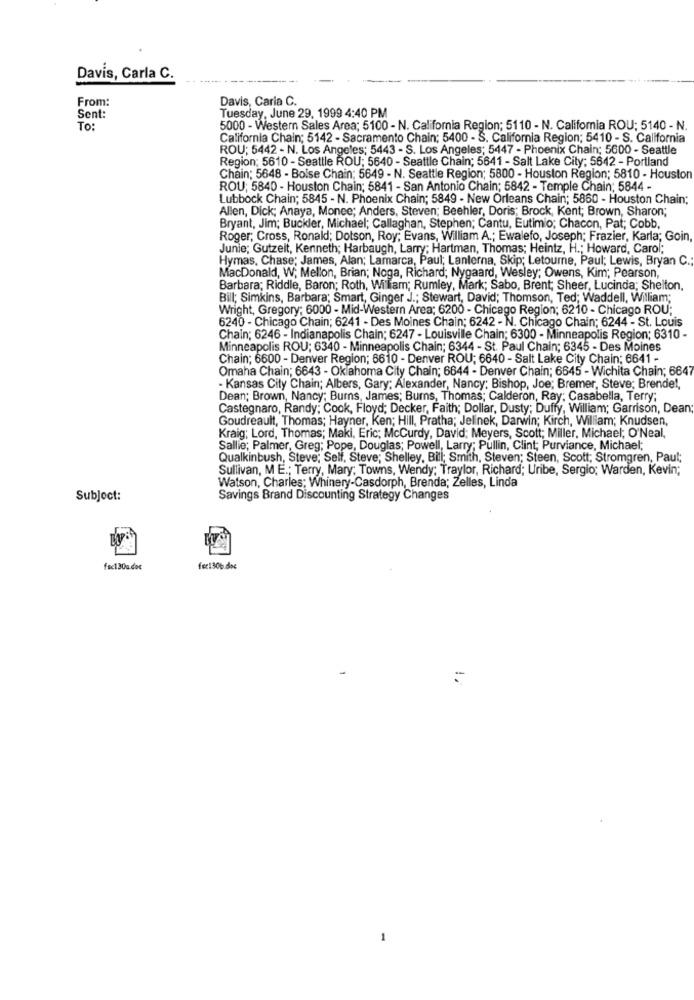
Davis, Carla C.
From:
Davis, Caria C.
Sent:
Tuesday, June 29, 1999 4:40 PM
To:
5000 - Western Sales Area; 5100 - N. California Region; 5110 - N. California ROU: 5140 - N.
California Chain; 5142 - Sacramento Chain; 5400 - S. California Region; 5410 - S. California
ROU; 5442 - N. Los Angeles; 5443 - S. Los Angeles; 5447 - Phoenix Chain; 5600 - Seattle
Region: 5610 - Seattle ROU; 5640 - Seattle Chain; 5641 - Salt Lake City; 5642 - Portland
Chain: 5648 - Boise Chain; 5649 - N. Seattle Region; 5800 - Houston Region; 5810 - Houston
ROU; 5840 - Houston Chain; 5841 - San Antonio Chain; 5842 - Temple Chain; 5844 -
Lubbock Chain; 5845 - N. Phoenix Chain; 5849 - New Orleans Chain; 5860 - Houston Chain;
Allen, Dick; Anaya, Monee; Anders, Steven; Beehler, Doris; Brock, Kent; Brown, Sharon;
Bryant, Jim; Buckler, Michael; Callaghan, Stephen; Cantu, Eutimio; Chacon, Pat; Cobb,
Roger; Cross, Ronald; Dotson, Roy; Evans, William A .; Ewalefo, Joseph; Frazier, Karla; Goin
Junie; Gutzelt, Kenneth; Harbaugh, Larry; Hartman, Thomas; Heintz, H .; Howard, Carol;
Hymas, Chase; James, Alan; Lamarca, Paul; Lanterna, Skip; Letourne, Paul; Lewis, Bryan C.
MacDonald, W; Mellon, Brian; Noga, Richard; Nygaard, Wesley; Owens, Kim; Pearson,
Barbara; Riddle, Baron; Roth, William; Rumley, Mark; Sabo, Brent; Sheer, Lucinda; Shelton,
Bill; Simkins, Barbara; Smart, Ginger J .; Stewart, David; Thomson, Ted; Waddell, William;
Wright, Gregory; 6000 - Mid-Western Area; 6200 - Chicago Region; 6210 - Chicago ROU;
6240 - Chicago Chain; 6241 - Des Moines Chain; 6242 - N. Chicago Chain; 6244 - St. Louis
Chain; 6246 - Indianapolis Chain; 6247 - Louisville Chain; 6300 - Minneapolis Region; 6310 -
Minneapolis ROU; 6340 - Minneapolis Chain; 6344 - St. Paul Chain; 6345 - Des Moines
Chain; 6600 - Denver Region; 6610 - Denver ROU; 6640 - Salt Lake City Chain; 6641 -
Omaha Chain; 6643 - Oklahoma City Chain; 6644 - Denver Chain; 6645 - Wichita Chain; 6647
- Kansas City Chain; Albers, Gary; Alexander, Nancy; Bishop, Joe; Bremer, Steve; Brende !,
Dean; Brown, Nancy; Burns, James; Burns, Thomas; Calderon, Ray; Casabella, Terry;
Castegnaro, Randy; Cook, Floyd; Decker, Faith; Dollar, Dusty; Duffy, William; Garrison, Dean
Goudreault, Thomas; Hayner, Ken; Hill, Pratha; Jelinek, Darwin; Kirch, William; Knudsen,
Kraig; Lord, Thomas; Maki, Eric; Mccurdy, David; Meyers, Scott; Miller, Michael; O'Neal,
Sallie; Palmer, Greg; Pope, Douglas; Powell, Larry; Pullin, Clint; Purviance, Michael;
Qualkinbush, Steve; Self, Steve; Shelley, Bill; Smith, Steven; Steen, Scott; Stromgren, Paul;
Sullivan, M E .; Terry, Mary; Towns, Wendy; Traylor, Richard; Uribe, Sergio; Warden, Kevin;
Watson, Charles; Whinery-Casdorph, Brenda; Zelles, Linda
Subject:
Savings Brand Discounting Strategy Changes
fac130a.doc
fer1306.doc
1